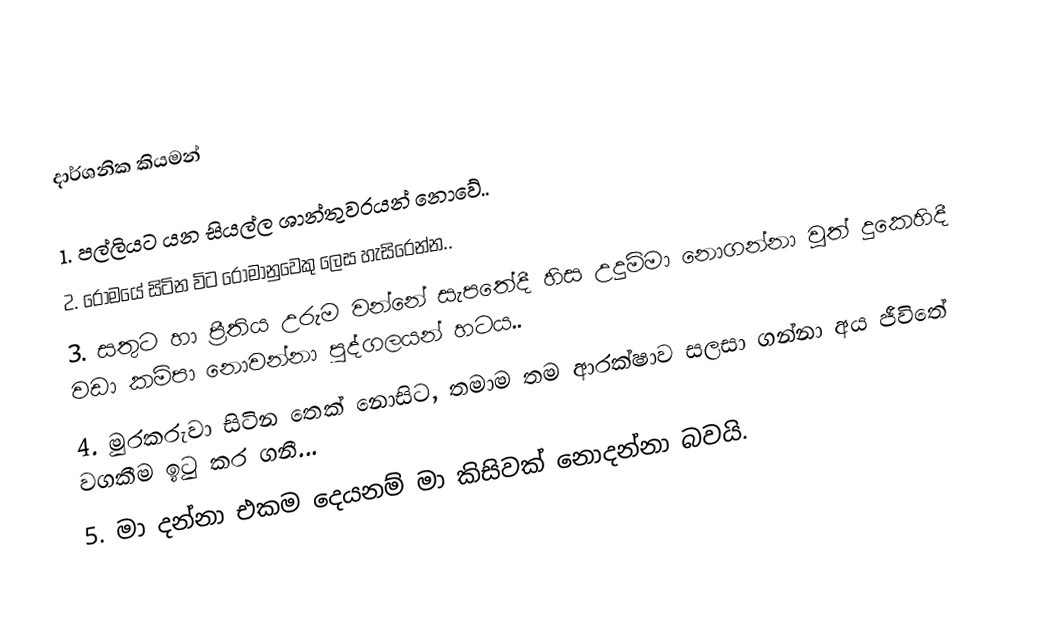
දාර්ශනික කියමන්

1. පල්ලියට යන සියල්ල ශාන්තුවරයන් නොවේ..
2. රෝමයේ සිටින විට රෝමානුවෙකු ලෙස හැසිරෙන්න..
3. සතුට හා ප්‍රීතිය උරුම වන්නේ සැපතේදී හිස උදුම්මා නොගන්නා වූත් දුකෙහිදී වඩා කම්පා නොවන්නා පුද්ගලයන් හටය..
4. මුරකරුවා සිටින තෙක් නොසිට, තමාම තම ආරක්ෂාව සලසා ගන්නා අය ජීවිතේ වගකීම ඉටු කර ගනී...
5. මා දන්නා එකම දෙයනම් මා කිසිවක් නොදන්නා බවයි.